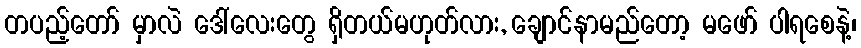
တပည့်တော် မှာလဲ ဒေါ်လေးတွေ ရှိတယ်မဟုတ်လား, ချောင်နာမည်တော့ မဖော် ပါရစေနဲ့၊